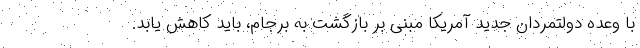
با وعده دولتمردان جدید آمریکا مبنی بر بازگشت به برجام، باید کاهش یابد.